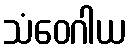
သံဝေဂါယ